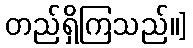
တည်ရှိကြသည်။]